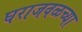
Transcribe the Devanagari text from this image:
घराजवळच्या